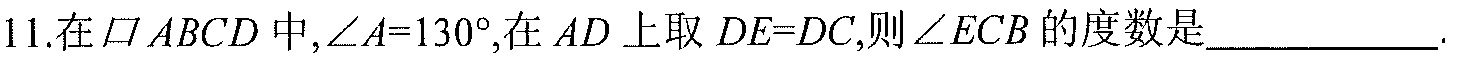
11.在\(\square ABCD\)中, \(\angle A = 130^{\circ}\),在\(AD\)上取\(DE = DC\),则\(\angle ECB\)的度数是_____________.